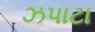
ઝપાટા